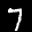
Label: 7